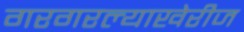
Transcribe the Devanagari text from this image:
गरगरल्याखेरीज